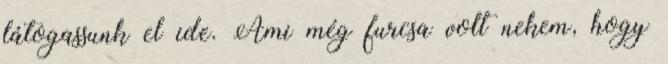
látogassunk el ide. Ami még furcsa volt nekem, hogy